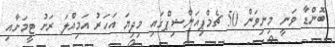
ބޮންޑާ ވަނީ މިނިވަން 50 ޗެމްޕިއަންޝިޕްގައި މިދިޔަ އަހަރު އަމިއްލަ ރަށު ޓީމަށާއި